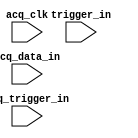

module debug_st (
	acq_data_in,
	acq_trigger_in,
	acq_clk,
	trigger_in);	

	input	[2047:0]	acq_data_in;
	input	[0:0]	acq_trigger_in;
	input		acq_clk;
	input		trigger_in;
endmodule